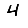
Digit: 4